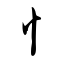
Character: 忄